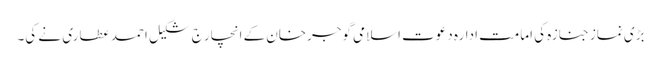
بڑی نماز جنازہ کی امامت ادارہ دعوت اسلامی گوجرخان کے انچار ج شکیل احمد عطاری نے کی۔